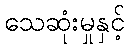
သေဆုံးမှုနှင့်